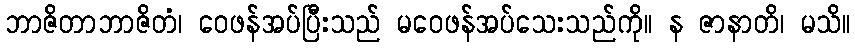
ဘာဇိတာဘာဇိတံ၊ ဝေဖန်အပ်ပြီးသည် မဝေဖန်အပ်သေးသည်ကို။ န ဇာနာတိ၊ မသိ။